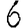
Digit: 6